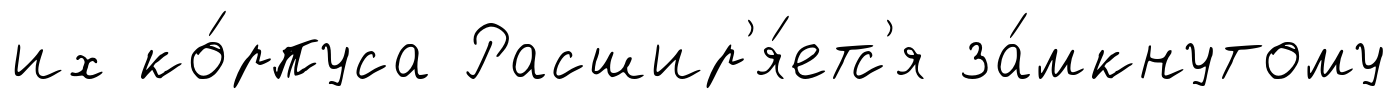
их ко́рпуса Расшир'я́етс'я за́мкнутому